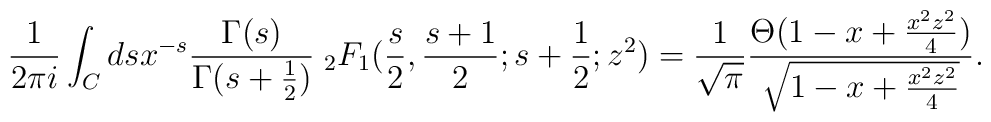
\frac{1}{2\pi i}\int_C dsx^{-s}\frac{\Gamma(s)}{\Gamma(s+\frac{1}{2})}\;{}_2F_1(\frac{s}{2},\frac{s+1}{2};s+\frac{1}{2};z^2)=\frac{1}{\sqrt{\pi}}\frac{\Theta(1-x+\frac{x^2z^2}{4})} {\sqrt{1-x+\frac{x^2z^2}{4}}}.